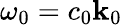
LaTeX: \omega_{0}=c_{0}\mathbf{k}_{0}